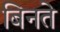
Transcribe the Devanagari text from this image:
बिनते